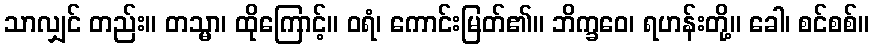
သာလျှင် တည်း။ တသ္မာ၊ ထိုကြောင့်။ ဝရံ၊ ကောင်းမြတ်၏။ ဘိက္ခဝေ၊ ရဟန်းတို့။ ခေါ၊ စင်စစ်။